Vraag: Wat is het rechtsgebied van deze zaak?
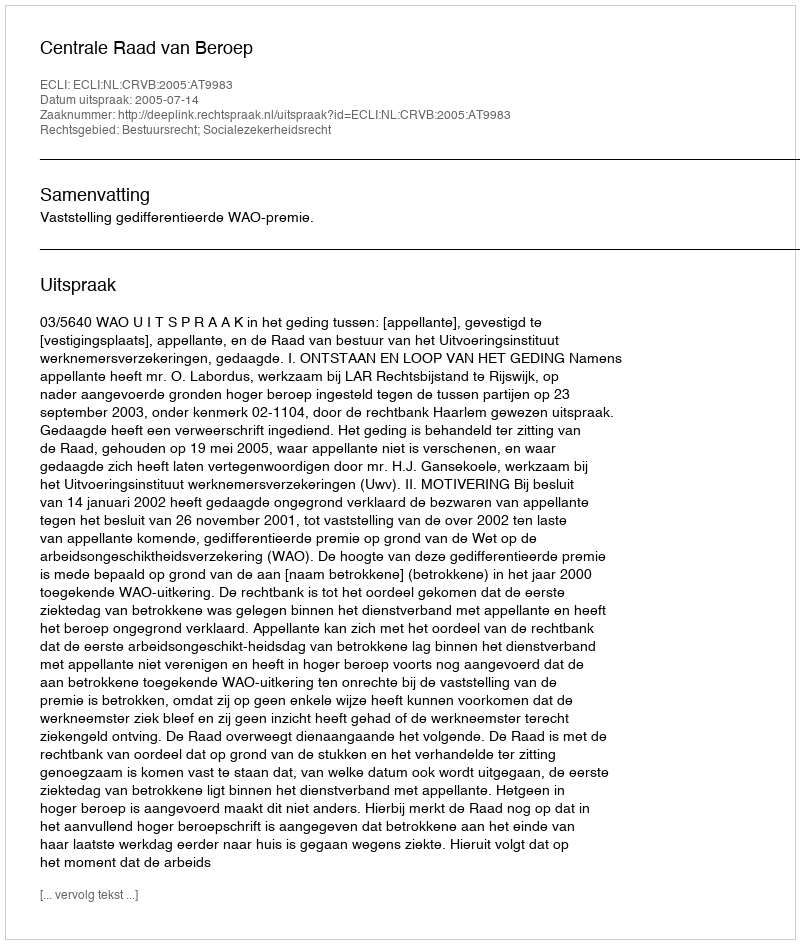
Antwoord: Bestuursrecht; Socialezekerheidsrecht